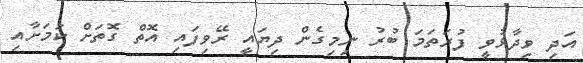
އަދި ވިދާޅުވީ ފުރަތަމަ ބުރު ނިމިގެން ދިޔައީ ރޭވިފައި އޮތް ގޮތަށް ކަމަށާއި